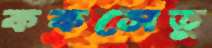
ককসেতু